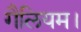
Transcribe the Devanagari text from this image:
गैलियम।